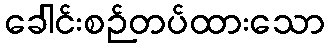
ခေါင်းစဉ်တပ်ထားသော